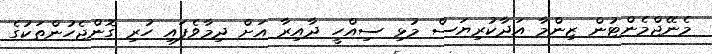
މެނޭޖްމެންޓުން ޒިންމާ އަދާކުރިޔަސް މުޅި ސިއްހީ ދާއިރާ އަށް ދިމާވެފައި ހުރި ގޮންޖެހުންތަކުގެ